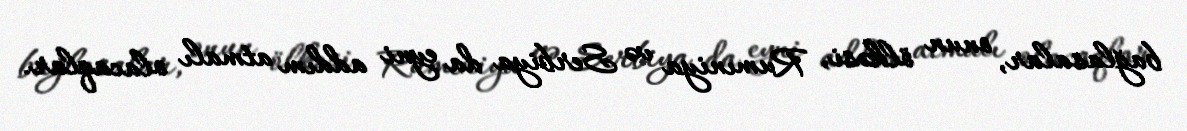
bağlasalar, onun ölkəsi, Rumıniya və Serbiya da eyni addım atmalı olacaqlar.